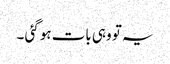
یہ تو وہی بات ہو گئی ۔